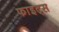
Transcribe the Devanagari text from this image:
फाइट्स